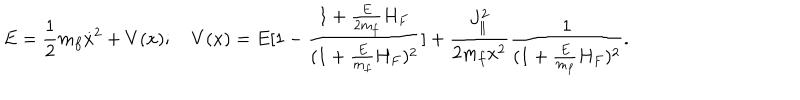
E = { \frac { 1 } { 2 } } m _ { f } \dot { x } ^ { 2 } + V ( x ) ; V ( x ) = E [ 1 - { \frac { 1 + { \frac { E } { 2 m _ { f } } } H _ { F } } { ( 1 + { \frac { E } { m _ { f } } } H _ { F } ) ^ { 2 } } } ] + { \frac { J _ { \parallel } ^ { 2 } } { 2 m _ { f } x ^ { 2 } } } { \frac { 1 } { ( 1 + { \frac { E } { m _ { f } } } H _ { F } ) ^ { 2 } } } .